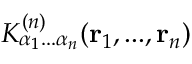
K _ { \alpha _ { 1 } . . . \alpha _ { n } } ^ { ( n ) } ( \mathbf { r } _ { 1 } , . . . , \mathbf { r } _ { n } )